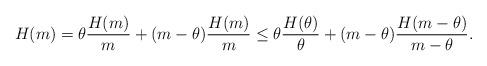
LaTeX: \begin{align*}H(m)=\theta\frac{H(m)}{m}+(m-\theta)\frac{H(m)}{m}\leq \theta\frac{H(\theta)}{\theta}+(m-\theta)\frac{H(m-\theta)}{m-\theta}.\end{align*}